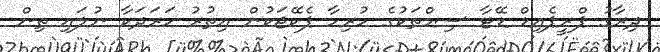
ދިރާގު ޕްރީޕެއިޑް ޑޭޓާ ސިމްތަކުގެ ހުރިހާ ޕެކޭޖަކުން އިތުރު ހަރަދަކާ ނުލައި ތިން